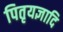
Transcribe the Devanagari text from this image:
पितृयज्ञादि